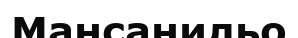
Мансанильо